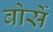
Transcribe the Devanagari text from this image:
बोर्से